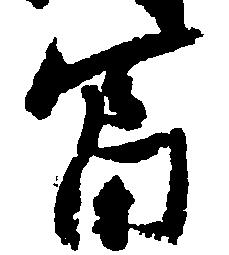
富